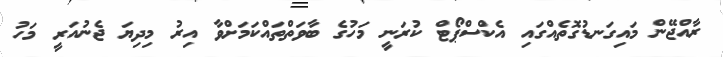
ރާއްޖޭން މައިގަނޑުގޮތެއްގައި އެކްސްޕޯޓް ކުރަނީ މަހުގެ ބާވަތްތައްކަމަށްވާ އިރު މިދިޔަ ޖެނުއަރީ މަހު